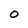
Character: 0